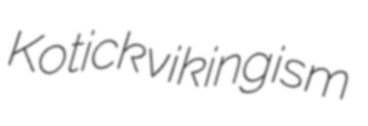
Kotick vikingism